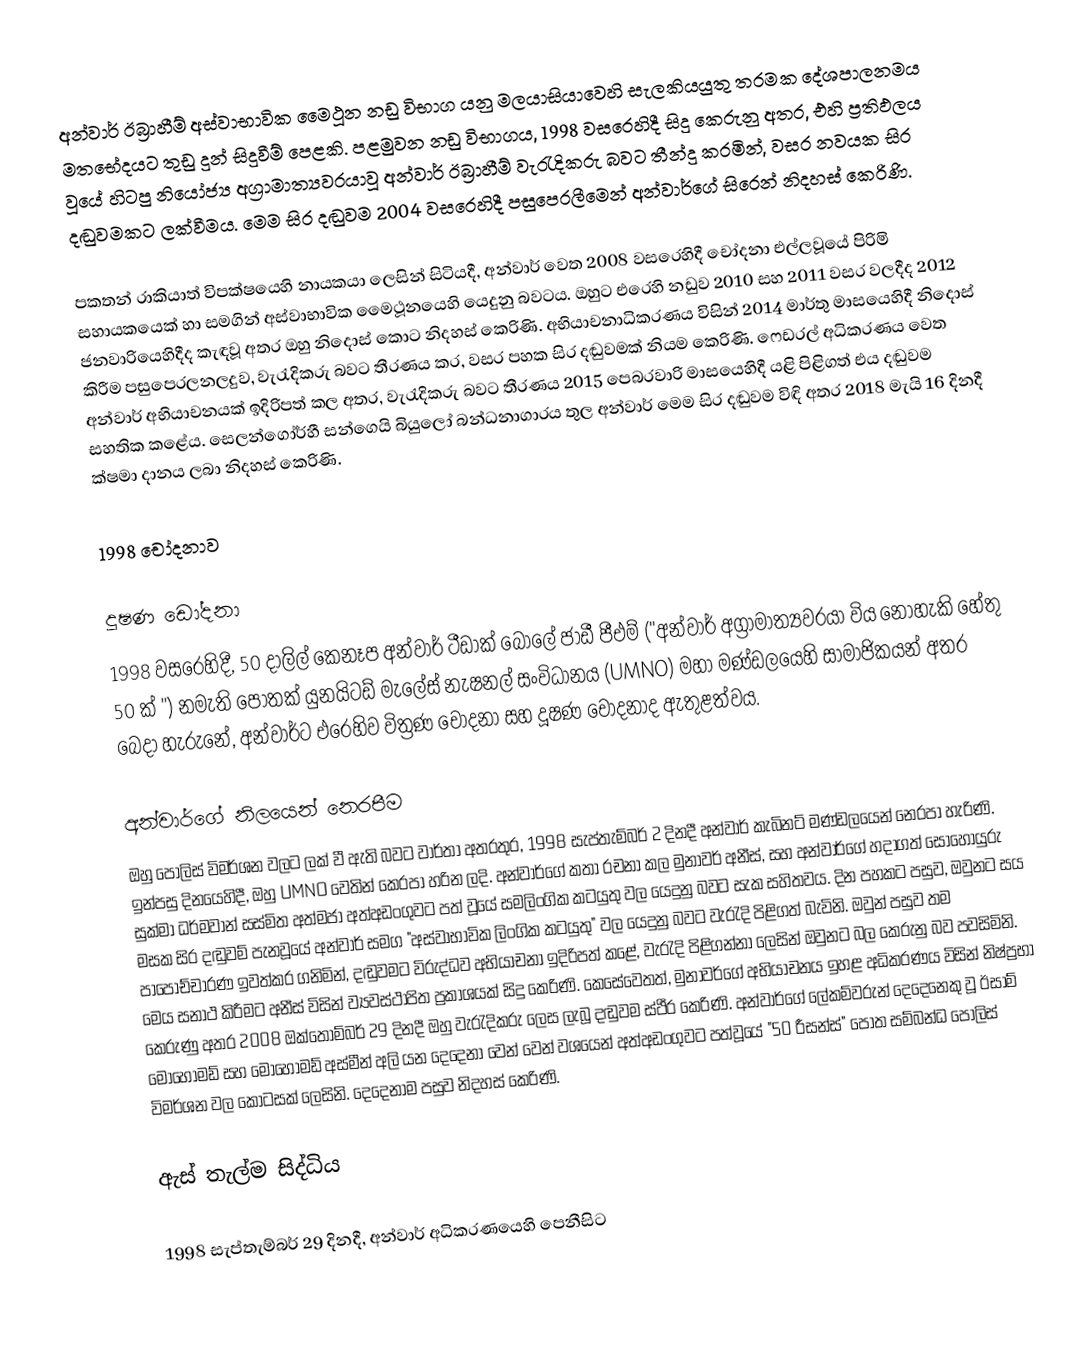
අන්වාර් ඊබ්‍රාහීම් අස්වාභාවික ‍මෛථූන නඩු විභාග යනු මලයාසියාවෙහි සැලකියයුතු තරමක දේශපාලනමය මතභේදයට තුඩු දුන් සිදුවීම් පෙළකි. පළමුවන නඩු විභාගය, 1998 වසරෙහිදී සිදු කෙරුනු අතර, එහි ප්‍රතිඵලය වූයේ හිටපු නියෝජ්‍ය අග්‍රාමාත්‍යවරයාවූ  අන්වාර් ඊබ්‍රාහීම් වැරැදිකරු බවට තීන්දු කරමින්, වසර නවයක සිර දඬුවමකට ලක්වීමය. මෙම සිර දඬුවම 2004 වසරෙහිදී  පසුපෙරලීමෙන් අන්වාර්ගේ සිරෙන් නිදහස් කෙරිණි.

පකතන්  රාකියාත් විපක්ෂයෙහි නායකයා ලෙසින් සිටියදී, අන්වාර් වෙත 2008 වසරෙහිදී චෝදනා එල්ලවූයේ පිරිමි සහායකයෙක් හා සමගින්  අස්වාභාවික ‍මෛථූනයෙහි යෙදුනු බවටය. ඔහුට එරෙහි නඩුව 2010 සහ 2011 වසර වලදීද 2012 ජනවාරියෙහිදීද කැඳවූ අතර ඔහු නිදොස් කොට නිදහස් කෙරිණි.  අභියාචනාධිකරණය විසින් 2014 මාර්තු මාසයෙහිදී නිදොස් කිරීම පසුපෙරලනලදුව, වැරැදිකරු බවට තීරණය කර,  වසර පහක සිර දඬුවමක් නියම කෙරිණි.  ෆෙඩරල් අධිකරණය වෙත අන්වාර් අභියාචනයක් ඉදිරිපත් කල අතර, වැරැදිකරු බවට තීරණය 2015 පෙබරවාරි මාසයෙහිදී  යළි පිළිගත් එය දඬුවම සහතික කළේය. සෙලන්ගෝර්හී  සන්ගෙයි බියුලෝ බන්ධනාගාරය තුල අන්වාර් මෙම සිර දඬුවම විඳි අතර 2018 මැයි 16 දිනදී ක්ෂමා දානය ලබා නිදහස් කෙරිණි.

1998 චෝදනාව

දූෂණ ඩෝදනා
1998 වසරෙහිදී, 50 දාලිල් කෙනෑප අන්වාර් ටීඩාක් බෝලේ ජාඩී පීඑම් ("අන්වාර් අග්‍රාමාත්‍යවරයා විය නොහැකි හේතු 50 ක් ") නමැති පොතක්  යුනයිටඩ් මැලේස් නැෂනල් සංවිධානය (UMNO) මහා මණ්ඩලයෙහි සාමාජිකයන් අතර බෙදා හැරුනේ, අන්වාර්ට එරෙහිව විත්‍රණ චෝදනා සහ දූෂණ චෝදනාද ඇතුළත්වය.

අන්වාර්ගේ නිලයෙන් නෙරපීම
ඔහු පොලිස් විමර්ශන වලට ලක් වී ඇති බවට වාර්තා අතරතුර, 1998 සැප්තැම්බර් 2 දිනදී අන්වාර් කැබිනට් මණ්ඩලයෙන් නෙරපා හැරිණි. ඉන්පසු දිනයෙහිදී, ඔහු UMNO වෙතින් කෙරපා හරින ලදි. අන්වාර්ගේ කතා රචනා කල මුනාවර් අනීස්, සහ අන්වාර්ගේ හදාගත් සොහොයුරු සුක්මා ධර්මවාන් සස්මිත අත්මජා අත්අඩංගුවට පත් වූයේ සමලිංගික කටයුතු වල යෙදුනු බවට සැක සහිතවය. දින පහකට පසුව, ඔවුනට සය මසක සිර දඬුවම් පැනවූයේ අන්වාර් සමග "අස්වාභාවික ලිංගික කටයුතු" වල යෙදුනු බවට වැරැදි පිළිගත් බැවිනි. ඔවුන් පසුව තම පාපෝච්චාරණ ඉවත්කර ගනිමින්, දඬුවමට විරුද්ධව අභියාචනා ඉදිරිපත් කළේ, වැරැදි පිළිගන්නා ලෙසින් ඔවුනට  බල කෙරුනු බව පවසිමිනි. මෙය සනාථ කිරීමට අනීස් විසින් ව්‍යවස්ථාපිත ප්‍රකාශයක් සිදු කෙරිණි. කෙසේවෙතත්, මුනාවර්ගේ අභියාචනය ඉහළ අධිකරණය විසින් නිෂ්ප්‍රභා කෙරුණු අතර 2008 ඔක්තොම්බර් 29 දිනදී ඔහු වැරැදිකරු ලෙස ලැබූ දඬුවම ස්ථීර කෙරිණි.  අන්වාර්ගේ ලේකම්වරුන් දෙදෙනෙකු වූ ඊසාම් මොහොමඩ් සහ මොහොමඩ් අස්මීන් අලි යන දෙදෙනා වෙන් වෙන් වශයෙන් අත්අඩංගුවට පත්වූයේ  "50 රීසන්ස්" පොත සම්බන්ධ පොලිස් විමර්ශන වල කොටසක් ලෙසිනි. දෙදෙනාම පසුව නිදහස් කෙරිණි.

ඇස් තැල්ම සිද්ධිය

1998 සැප්තැම්බර් 29 දිනදී, අන්වාර් අධිකරණයෙහි පෙනීසිට